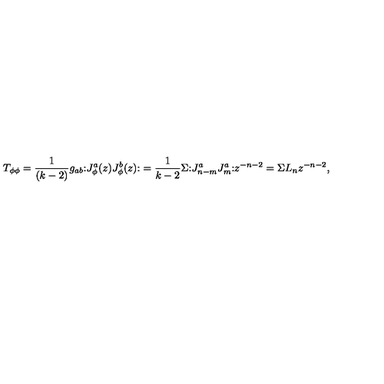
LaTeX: T _ { \phi \phi } = \frac { 1 } { ( k - 2 ) } g _ { a b } { \large : } J _ { \phi } ^ { a } ( z ) J _ { \phi } ^ { b } ( z ) { \large : } = \frac { 1 } { k - 2 } \Sigma { \large : } J _ { n - m } ^ { a } J _ { m } ^ { a } { \large : } z ^ { - n - 2 } = \Sigma L _ { n } z ^ { - n - 2 } ,